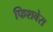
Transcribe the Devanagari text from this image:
फिशबेस